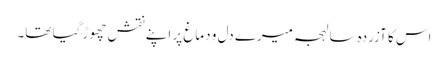
اس کا آزردہ سا لہجہ میرے دل و دماغ پر اپنے نقش چھوڑ گیا تھا۔